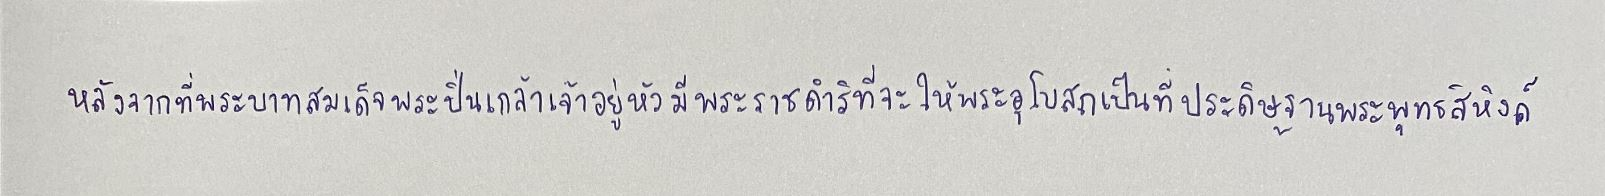
หลังจากที่พระบาทสมเด็จพระปิ่นเกล้าเจ้าอยู่หัวมีพระราชดำริที่จะให้พระอุโบสถเป็นที่ประดิษฐานพระพุทธสิหิงค์